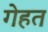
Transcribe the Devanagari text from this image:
गेहत